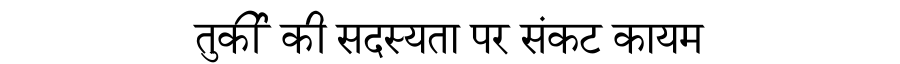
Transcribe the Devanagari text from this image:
तुर्की की सदस्यता पर संकट कायम